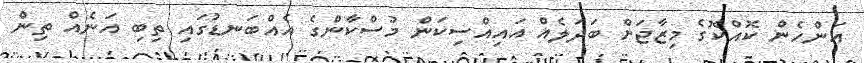
އަންހެން ކޮއްކޮގެ މިޒާޖަށް ބަދަލެއް އައިއްސިކަން މުސްކާންގެ އެއްބަނޑުގައި ތިބި އަނެއް ތިން